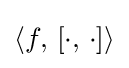
\langle f,\,[\cdot ,\,\cdot ]\rangle